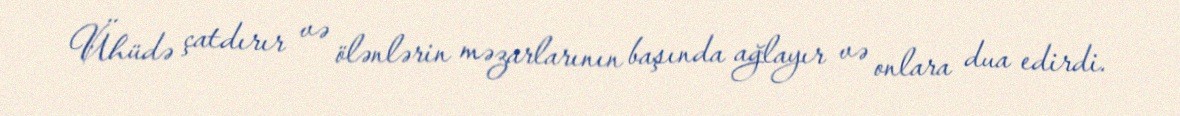
Ühüdə çatdırır və ölənlərin məzarlarının başında ağlayır və onlara dua edirdi.